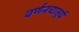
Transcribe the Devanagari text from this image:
वर्णनचातुर्य